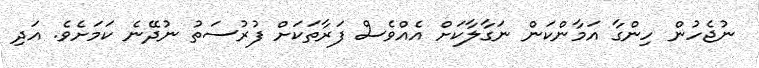
ނުޖެހުން ހިންގާ އަމާންކަން ނަގާލާކަށް އެއްވެސް ފަރާތަކަށް ފުރުސަތު ނުދޭނެ ކަމަށެވެ. އަދި